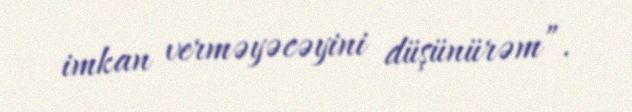
imkan verməyəcəyini düşünürəm”.